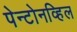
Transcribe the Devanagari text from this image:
पेन्टोनव्हिल